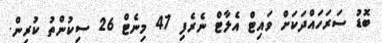
ބޮޑު ސަރަހައްދަކަށް ވައިޓް އެލާޓް ނެރެފި 47 މިނެޓް 26 ސިކުންތު ކުރިން.